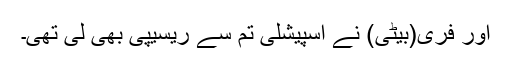
اور فری(بیٹی) نے اسپیشلی تم سے ریسیپی بھی لی تھی۔